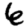
Digit: 6